Punjab Mental Hospital Lahore 1932-46 - 1932-1946
Year: 1932
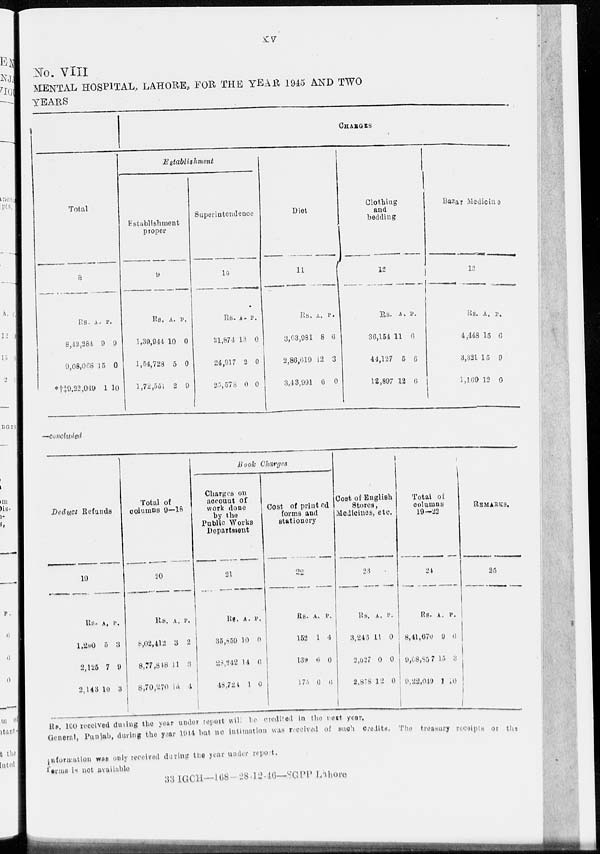
xv
No. VIII
MENTAL HOSPITAL, LAHORE, FOR THE YEAR 1945 AND TWO
YEARS
Total
8
Rs.
8,42,281
9,08,068
*†‡9,22,049
A.
9
15
1
P.
0
0
10
CHARGES
Establishment
Establishment
proper
9
Rs.
1,39,944
1,54,728
1,72,551
A.
10
5
2
P.
0
0
9
Superintendence
10
Rs.
21, 874
24,917
25,578
A.
13
2
0
P.
0
0
0
Diet
11
Rs.
3,03,981
2,86,619
3,43,991
A.
8
12
6
P.
6
3
0
Clothing
and
bedding
12
Rs.
36,154
44,127
12,897
A .
11
5
12
P.
6
6
6
Bazar Medicine
l3
Rs.
4,448
3,321
1,169
A.
15
15
12
P.
6
9
0
—concluded
Deduct
Refunds
19
Rs.
1,290
2,125
2,143
A.
5
7
10
P.
3
9
3
Total of
columns 9—18
20
Rs.
8,02,412
8,77,818
8,70,270
A.
3
11
11
P.
2
3
4
Book Charges
Charges on
account of
work done
by the
Public Works
Department
21
Rs.
35,859
28,242
48,720
A.
10
14
1
P.
0
6
0
Cost of printed
forms and
stationery
22
Rs.
152
139
175
A.
1
6
6
P.
4
0
6
Cost of English
Stores,
Medicines, etc.
23
Rs.
3, 246
2,627
2,878
A.
11
0
12
P.
0
0
0
Total of
columns
19-22
24
Rs.
8,41,676
9,68,857
9,22,019
A.
9
15
1
P.
6
3
10
REMARKS.
25
Rs. 100 received during the year under report will be credited in the next year.
General, Punjab, during the year 1944 but no intimation was received of such credits. The treasury receipts or the
information was only received during the year under report.
forms is not available.
33 IGCH — 168 28-12-16-SGPP Lahore